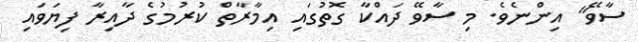
ސާވޭ" އިންނެވެ. މި ސާވޭ ދައްކާ ގޮތުގައި އިމާރާތް ކުރުމުގެ ދާއިރާ ފިޔަވައި